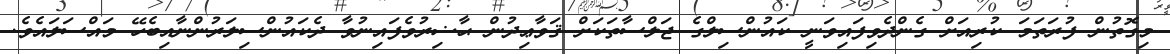
މިގޮތުން ފުރަތަމަ ކުރިއަށް ގެންދެވިފައިވަނީ ކައުންސިލްގެ ޖަލްސާތަކަށް ޤަވާޢިދުން ޙާޟިރުވެފައިނުވާ ދެކައުންސިލަރުންނާއިބެހޭ މައްސަލައެވެ.